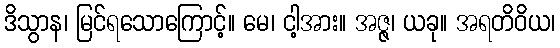
ဒိသွာန၊ မြင်ရသောကြောင့်။ မေ၊ ငါ့အား။ အဇ္ဇ၊ ယခု။ အရတိဝိယ၊